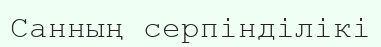
Санның серпінділікі